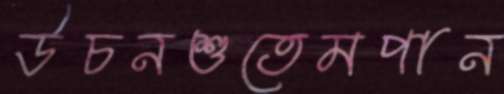
উচনশুতেমপান